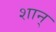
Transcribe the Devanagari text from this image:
शान्